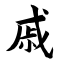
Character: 戚